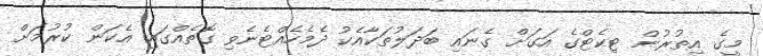
މީގެ އިތުރުން ޓިކެޓްގެ އަގަށް ގެނައި ބަދަލުތަކާއެކު ދެމެހެއްޓެނެވި ގޮތެއްގައި އެކަން ކުރުމަށް